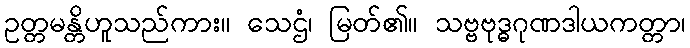
ဥတ္တမန္တိဟူသည်ကား။ သေဌံ၊ မြတ်၏။ သဗ္ဗဗုဒ္ဓဂုဏဒါယကတ္တာ၊